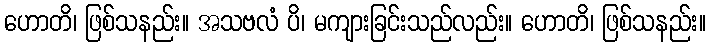
ဟောတိ၊ ဖြစ်သနည်း။ အသဗလံ ပိ၊ မကျားခြင်းသည်လည်း။ ဟောတိ၊ ဖြစ်သနည်း။